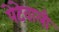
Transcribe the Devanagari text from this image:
पेटेवाली